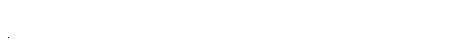
နိုင်ငံတကာကျင့်ဝတ်ထုံးတမ်းကို မသိတဲ့ အရိုင်းအစိုင်းတွေအဖြစ် အင်္ဂလိပ်ဘက်က ရှုမြင်ကြောင်း